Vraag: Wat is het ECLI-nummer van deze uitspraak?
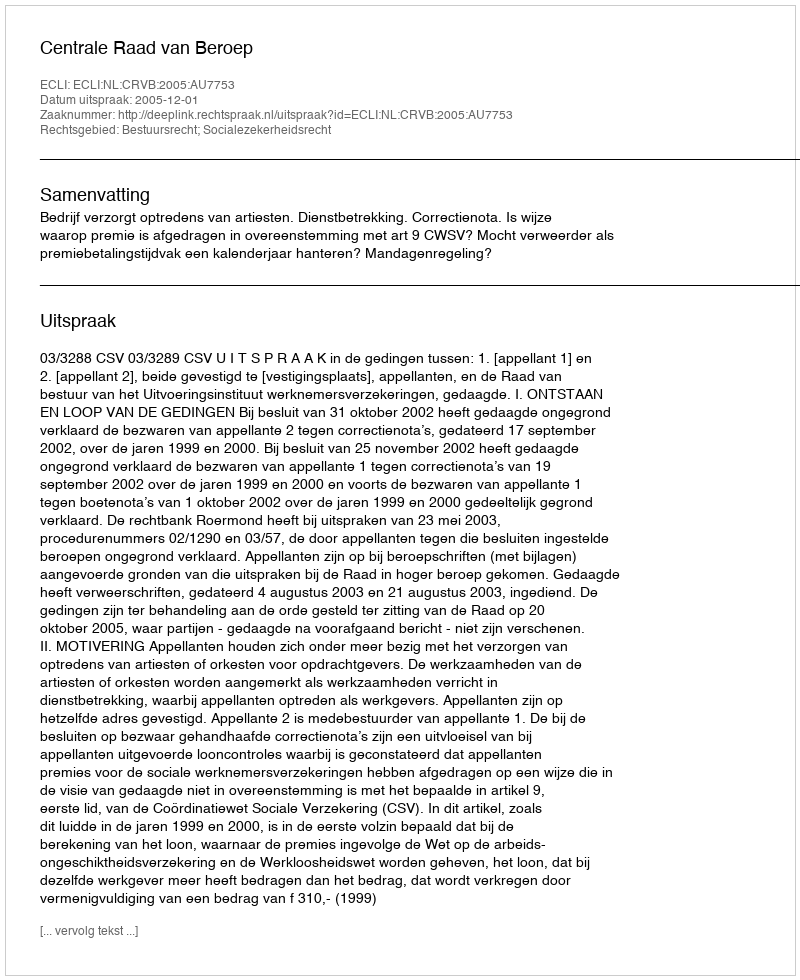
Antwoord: ECLI:NL:CRVB:2005:AU7753